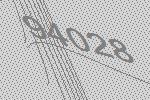
94028